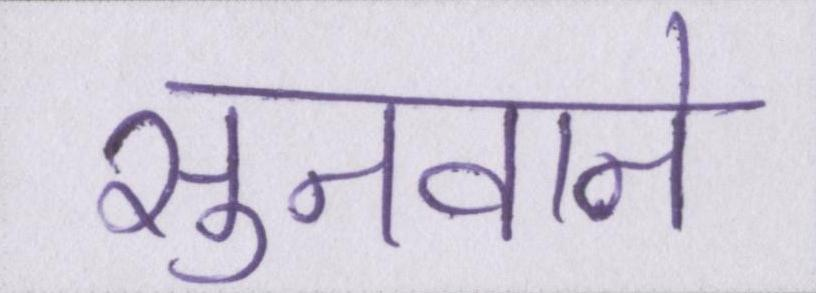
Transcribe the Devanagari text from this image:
सुनवाने